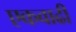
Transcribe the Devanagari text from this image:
एकवाढी